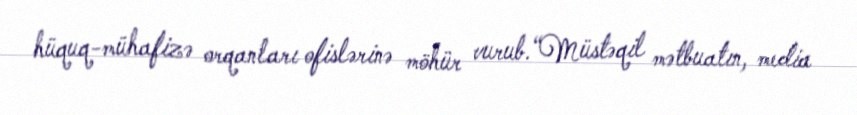
hüquq-mühafizə orqanları ofislərinə möhür vurub.“Müstəqil mətbuatın, media